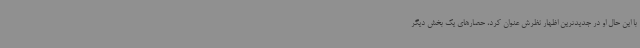
با این حال او در جدیدترین اظهار نظرش عنوان کرد، حصارهای یک بخش دیگر